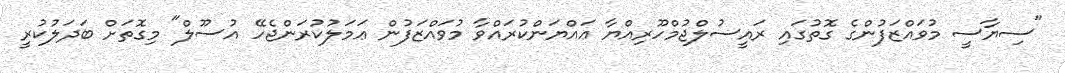
"ސިޔާސީ މުވައްޒަފުންގެ ގޮތުގައި ރައީސުލްޖުމްހޫރިއްޔާ ޢައްޔަންކުރައްވާ މުވައްޒަފުން ޢަމަލުކުރަންޖެހޭ އުސޫލް" މިގޮތަށް ބަދަލުކުރީ